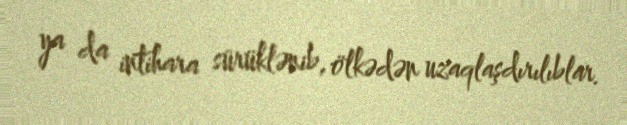
ya da intihara sürüklənib, ölkədən uzaqlaşdırılıblar.